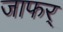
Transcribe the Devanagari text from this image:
जाफर्